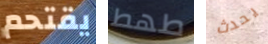
يقتحم طھط يحدث